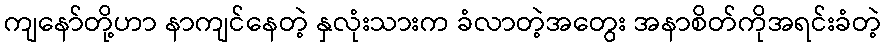
ကျနော်တို့ဟာ နာကျင်နေတဲ့ နှလုံးသားက ခံလာတဲ့အတွေး အနာစိတ်ကိုအရင်းခံတဲ့